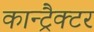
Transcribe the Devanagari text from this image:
कान्ट्रैक्टर